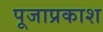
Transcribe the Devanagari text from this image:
पूजाप्रकाश